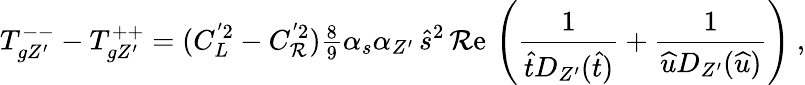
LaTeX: T_{gZ^{\prime}}^{--}-T_{gZ^{\prime}}^{++}=(C_{L}^{'2}-C_{\mathcal{R}}^{'2}){\textstyle{\frac{{8}}{{9}}}}\alpha_{s}\alpha_{Z^{\prime}}\, \widehat{s}^{2}\, \mathrm{{\mathcal{R}e}}\, \left({\frac{{1}}{{\widehat{t}D_{Z^{\prime}}(\widehat{t})}}}+{\frac{{1}}{{\widehat{u}D_{Z^{\prime}}(\widehat{u})}}}\right)\ ,